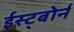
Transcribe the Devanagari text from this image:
ईस्ट्बोर्न